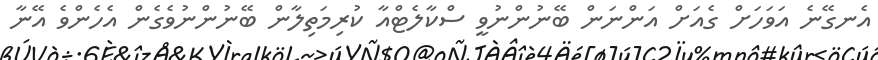
އެނގޭނެ އަވަހަށް ގެއަށް އަންނަން ބޭނުންނުވީ ސްކާލެޓްއާ ކުރިމަތިލާން ބޭނުންނުވެގެން އެހެންވެ އޭނާ